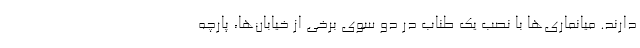
دارند. میانماری‌ها با نصب یک طناب در دو سوی برخی از خیابان‌ها، پارچه